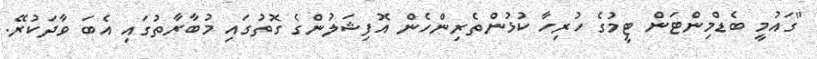
"ގައުމީ ބެޑްމިންޓަން ޓީމުގެ ހުރިހާ ކުޅުންތެރިންހެން އޮފިޝަލުންގެ ގޮތުގައި މުބާރާތުގައި އެބަ ވާދަކުރޭ.